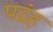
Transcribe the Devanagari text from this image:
पद्रंह